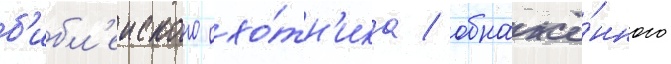
б'ибл'еиского охо́тн'ика / обнажё́нного